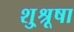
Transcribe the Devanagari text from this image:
शु्श्रूषा